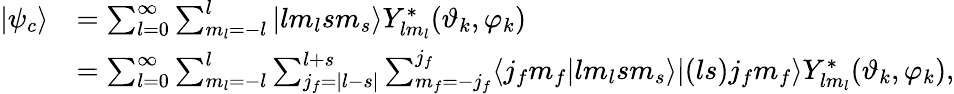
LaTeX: \begin{array}{rl}{|\psi_{c}\rangle}&{=\sum_{l=0}^{\infty}\sum_{m_{l}=-l}^{l}|lm_{l}sm_{s}\rangle Y_{lm_{l}}^{*}(\vartheta_{k},\varphi_{k})}\\ &{=\sum_{l=0}^{\infty}\sum_{m_{l}=-l}^{l}\sum_{j_{f}=|l-s|}^{l+s}\sum_{m_{f}=-j_{f}}^{j_{f}}\langle j_{f}m_{f}|lm_{l}sm_{s}\rangle|(ls)j_{f}m_{f}\rangle Y_{lm_{l}}^{*}(\vartheta_{k},\varphi_{k}),}\end{array}